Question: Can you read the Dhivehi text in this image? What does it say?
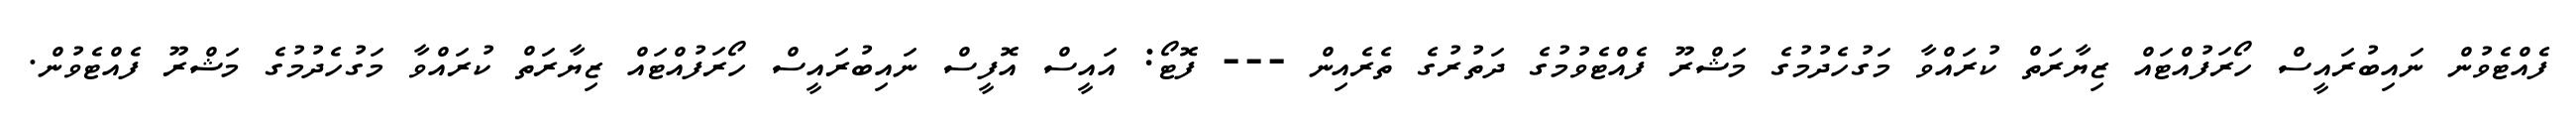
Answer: ފެއްޓެވުން ނައިބުރައީސް ހޯރަފުއްޓައް ޒިޔާރަތް ކުރައްވާ މަގުހެދުމުގެ މަޝްރޫ ފެއްޓެވުމުގެ ދަތުރުގެ ތެރެއިން --- ފޮޓޯ: އައީސް އޮފީސް ނައިބުރައީސް ހޯރަފުއްޓައް ޒިޔާރަތް ކުރައްވާ މަގުހެދުމުގެ މަޝްރޫ ފެއްޓެވުން.